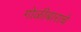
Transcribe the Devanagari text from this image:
गोळीबाराचे